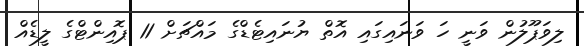
ލިވަޕޫލުން ވަނީ ހަ ވަނައިގައި އޮތް ޔުނައިޓެޑްގެ މައްޗަށް 11 ޕޮއިންޓްގެ ލީޑެއް